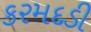
કરમદડી